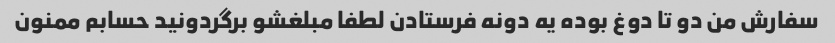
سفارش من دو تا دوغ بوده یه دونه فرستادن لطفا مبلغشو برگردونید حسابم ممنون